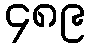
၄၈၉